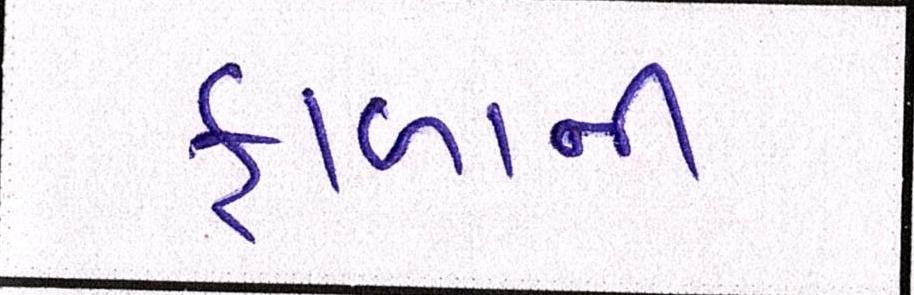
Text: ફાળાની